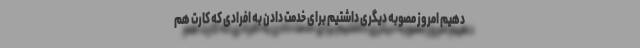
دهیم امروز مصوبه دیگری داشتیم برای خدمت دادن به افرادی که کارت هم